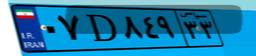
۷۵D۷۱۲۹۹